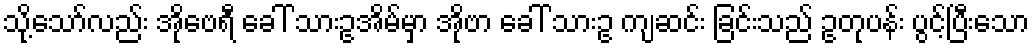
သို့သော်လည်း အိုဗေရီ ခေါ် သားဥအိမ်မှာ အိုဗာ ခေါ် သားဥ ကျဆင်း ခြင်းသည် ဥတုပန်း ပွင့်ပြီးသော